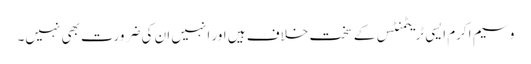
وسیم اکرم ایسی ٹریٹمنٹس کے سخت خلاف ہیں اور انہیں ان کی ضرورت بھی نہیں۔